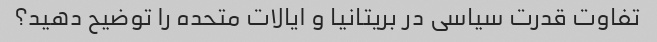
تفاوت قدرت سیاسی در بریتانیا و ایالات متحده را توضیح دهید؟